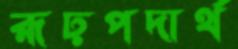
রূঢ়পদার্থ